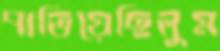
পাতিয়েছিলুম